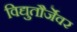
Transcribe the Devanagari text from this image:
विद्युतौर्जेवर